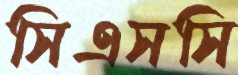
সিএসসি